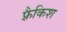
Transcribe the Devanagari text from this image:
फ़्रैकिश